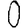
Digit: 0